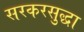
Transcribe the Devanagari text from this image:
सरकरसुद्धा